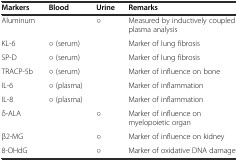
<table><thead><tr><td><b>Markers</b></td><td><b>Blood</b></td><td><b>Urine</b></td><td><b>Remarks</b></td></tr></thead><tbody><tr><td>Aluminum</td><td></td><td>○</td><td>Measured by inductively coupled plasma analysis</td></tr><tr><td>KL-6</td><td>○ (serum)</td><td></td><td>Marker of lung fibrosis</td></tr><tr><td>SP-D</td><td>○ (serum)</td><td></td><td>Marker of lung fibrosis</td></tr><tr><td>TRACP-5b</td><td>○ (serum)</td><td></td><td>Marker of influence on bone</td></tr><tr><td>IL-6</td><td>○ (plasma)</td><td></td><td>Marker of inflammation</td></tr><tr><td>IL-8</td><td>○ (plasma)</td><td></td><td>Marker of inflammation</td></tr><tr><td>δ-ALA</td><td></td><td>○</td><td>Marker of influence on myelopoietic organ</td></tr><tr><td>β2-MG</td><td></td><td>○</td><td>Marker of influence on kidney</td></tr><tr><td>8-OHdG</td><td></td><td>○</td><td>Marker of oxidative DNA damage</td></tr></tbody></table>